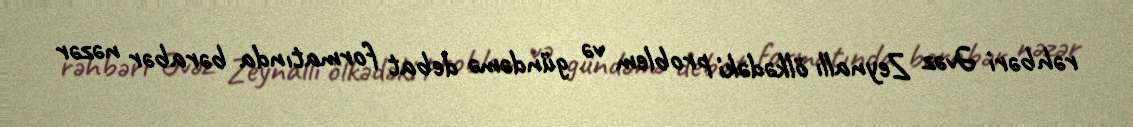
rəhbəri Əvəz Zeynallı ölkədəki problem və gündəmə debat formatında bərabər nəzər